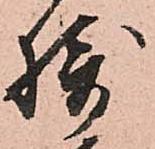
摂